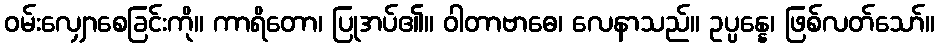
ဝမ်းလျှောစေခြင်းကို။ ကာရိတော၊ ပြုအပ်၏။ ဝါတာဗာဓေ၊ လေနာသည်။ ဥပ္ပန္နေ၊ ဖြစ်လတ်သော်။